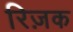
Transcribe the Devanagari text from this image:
रिज़क